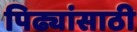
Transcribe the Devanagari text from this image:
पिढ्यांसाठी